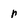
Character: r